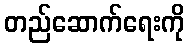
တည်ဆောက်ရေးကို